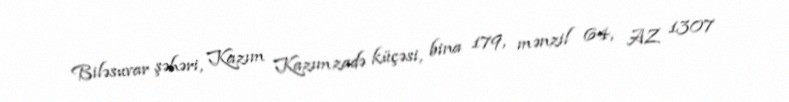
Biləsuvar şəhəri, Kazım Kazımzadə küçəsi, bina 179, mənzil 64, AZ 1307